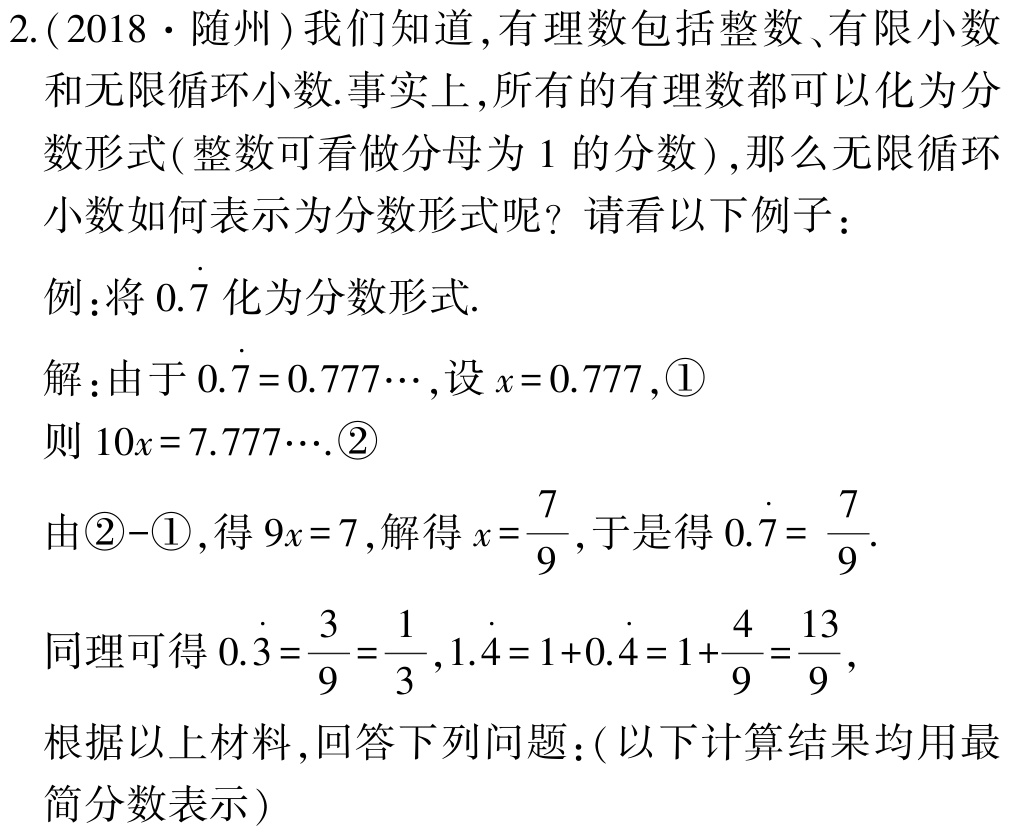
2.(2018·随州)我们知道,有理数包括整数、有限小数和无限循环小数.事实上,所有的有理数都可以化为分数形式(整数可看做分母为1的分数),那么无限循环小数如何表示为分数形式呢? 请看以下例子：

例:将\(0.\dot{7}\)化为分数形式.

解:由于\(0.\dot{7} = 0.777\cdots\),设\(x = 0.777\),\textcircled{1}

则\(10x = 7.777\cdots\).\textcircled{2}

由\textcircled{2}-\textcircled{1},得\(9x = 7\),解得\(x=\frac{7}{9}\),于是得\(0.\dot{7}=\frac{7}{9}\).

同理可得\(0.\dot{3}=\frac{3}{9}=\frac{1}{3},1.\dot{4}=1 + 0.\dot{4}=1+\frac{4}{9}=\frac{13}{9}\),

根据以上材料,回答下列问题:(以下计算结果均用最简分数表示)